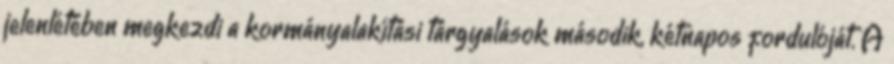
jelenlétében megkezdi a kormányalakítási tárgyalások második, kétnapos fordulóját. A